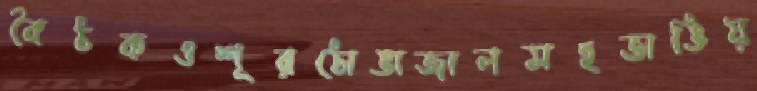
বৈঠকওশূরঠোঙাজালসহভাঙিয়